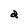
Character: a